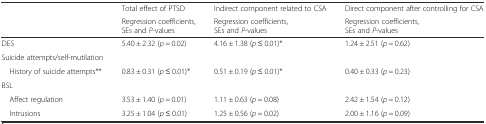
<table><thead><tr><td rowspan="2"></td><td><b>Total effect of PTSD</b></td><td><b>Indirect component related to CSA</b></td><td><b>Direct component after controlling for CSA</b></td></tr><tr><td><b>Regression coefficients, SEs and <i>P</i>-values</b></td><td><b>Regression coefficients, SEs and <i>P</i>-values</b></td><td><b>Regression coefficients, SEs and <i>P</i>-values</b></td></tr></thead><tbody><tr><td>DES</td><td>5.40 ± 2.32 (<i>p</i> = 0.02)</td><td>4.16 ± 1.38 (<i>p</i> ≤ 0.01)*</td><td>1.24 ± 2.51 (<i>p</i> = 0.62)</td></tr><tr><td>Suicide attempts/self-mutilation</td><td></td><td></td><td></td></tr><tr><td> History of suicide attempts**</td><td>0.83 ± 0.31 (<i>p</i> ≤ 0.01)*</td><td>0.51 ± 0.19 (<i>p</i> ≤ 0.01)*</td><td>0.40 ± 0.33 (<i>p</i> = 0.23)</td></tr><tr><td>BSL</td><td></td><td></td><td></td></tr><tr><td> Affect regulation</td><td>3.53 ± 1.40 (<i>p</i> = 0.01)</td><td>1.11 ± 0.63 (<i>p</i> = 0.08)</td><td>2.42 ± 1.54 (<i>p</i> = 0.12)</td></tr><tr><td> Intrusions</td><td>3.25 ± 1.04 (<i>p</i> ≤ 0.01)</td><td>1.25 ± 0.56 (<i>p</i> = 0.02)</td><td>2.00 ± 1.16 (<i>p</i> = 0.09)</td></tr></tbody></table>